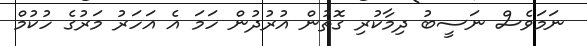
ނަމަވެސް ނަސީބު ދިމާކުރި ގޮތުން އުރުދުން ހަމަ އެ އަހަރު މަރުގެ ހުކުމް